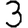
Digit: 3